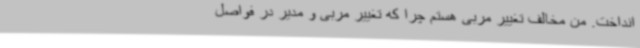
انداخت. من مخالف تغییر مربی هستم چرا که تغییر مربی و مدیر در فواصل